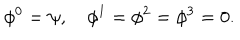
\phi ^ { 0 } = \psi , \quad \phi ^ { 1 } = \phi ^ { 2 } = \phi ^ { 3 } = 0 .